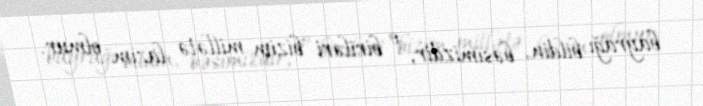
bayrağı bildin, bəsimizdir, o biriləri bizim millətə lazım olmur.